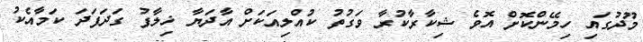
މޫދުގައި ހިމޭންކޮށް އޮވެ ޝިކާރާކުރާ ވަގުތު ކުއްލިއަކަށް އާދަޔާ ޚިލާފު ގަދަފަދަ ކަމާއެކު